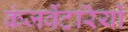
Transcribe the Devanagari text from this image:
कंजर्वेटरियों